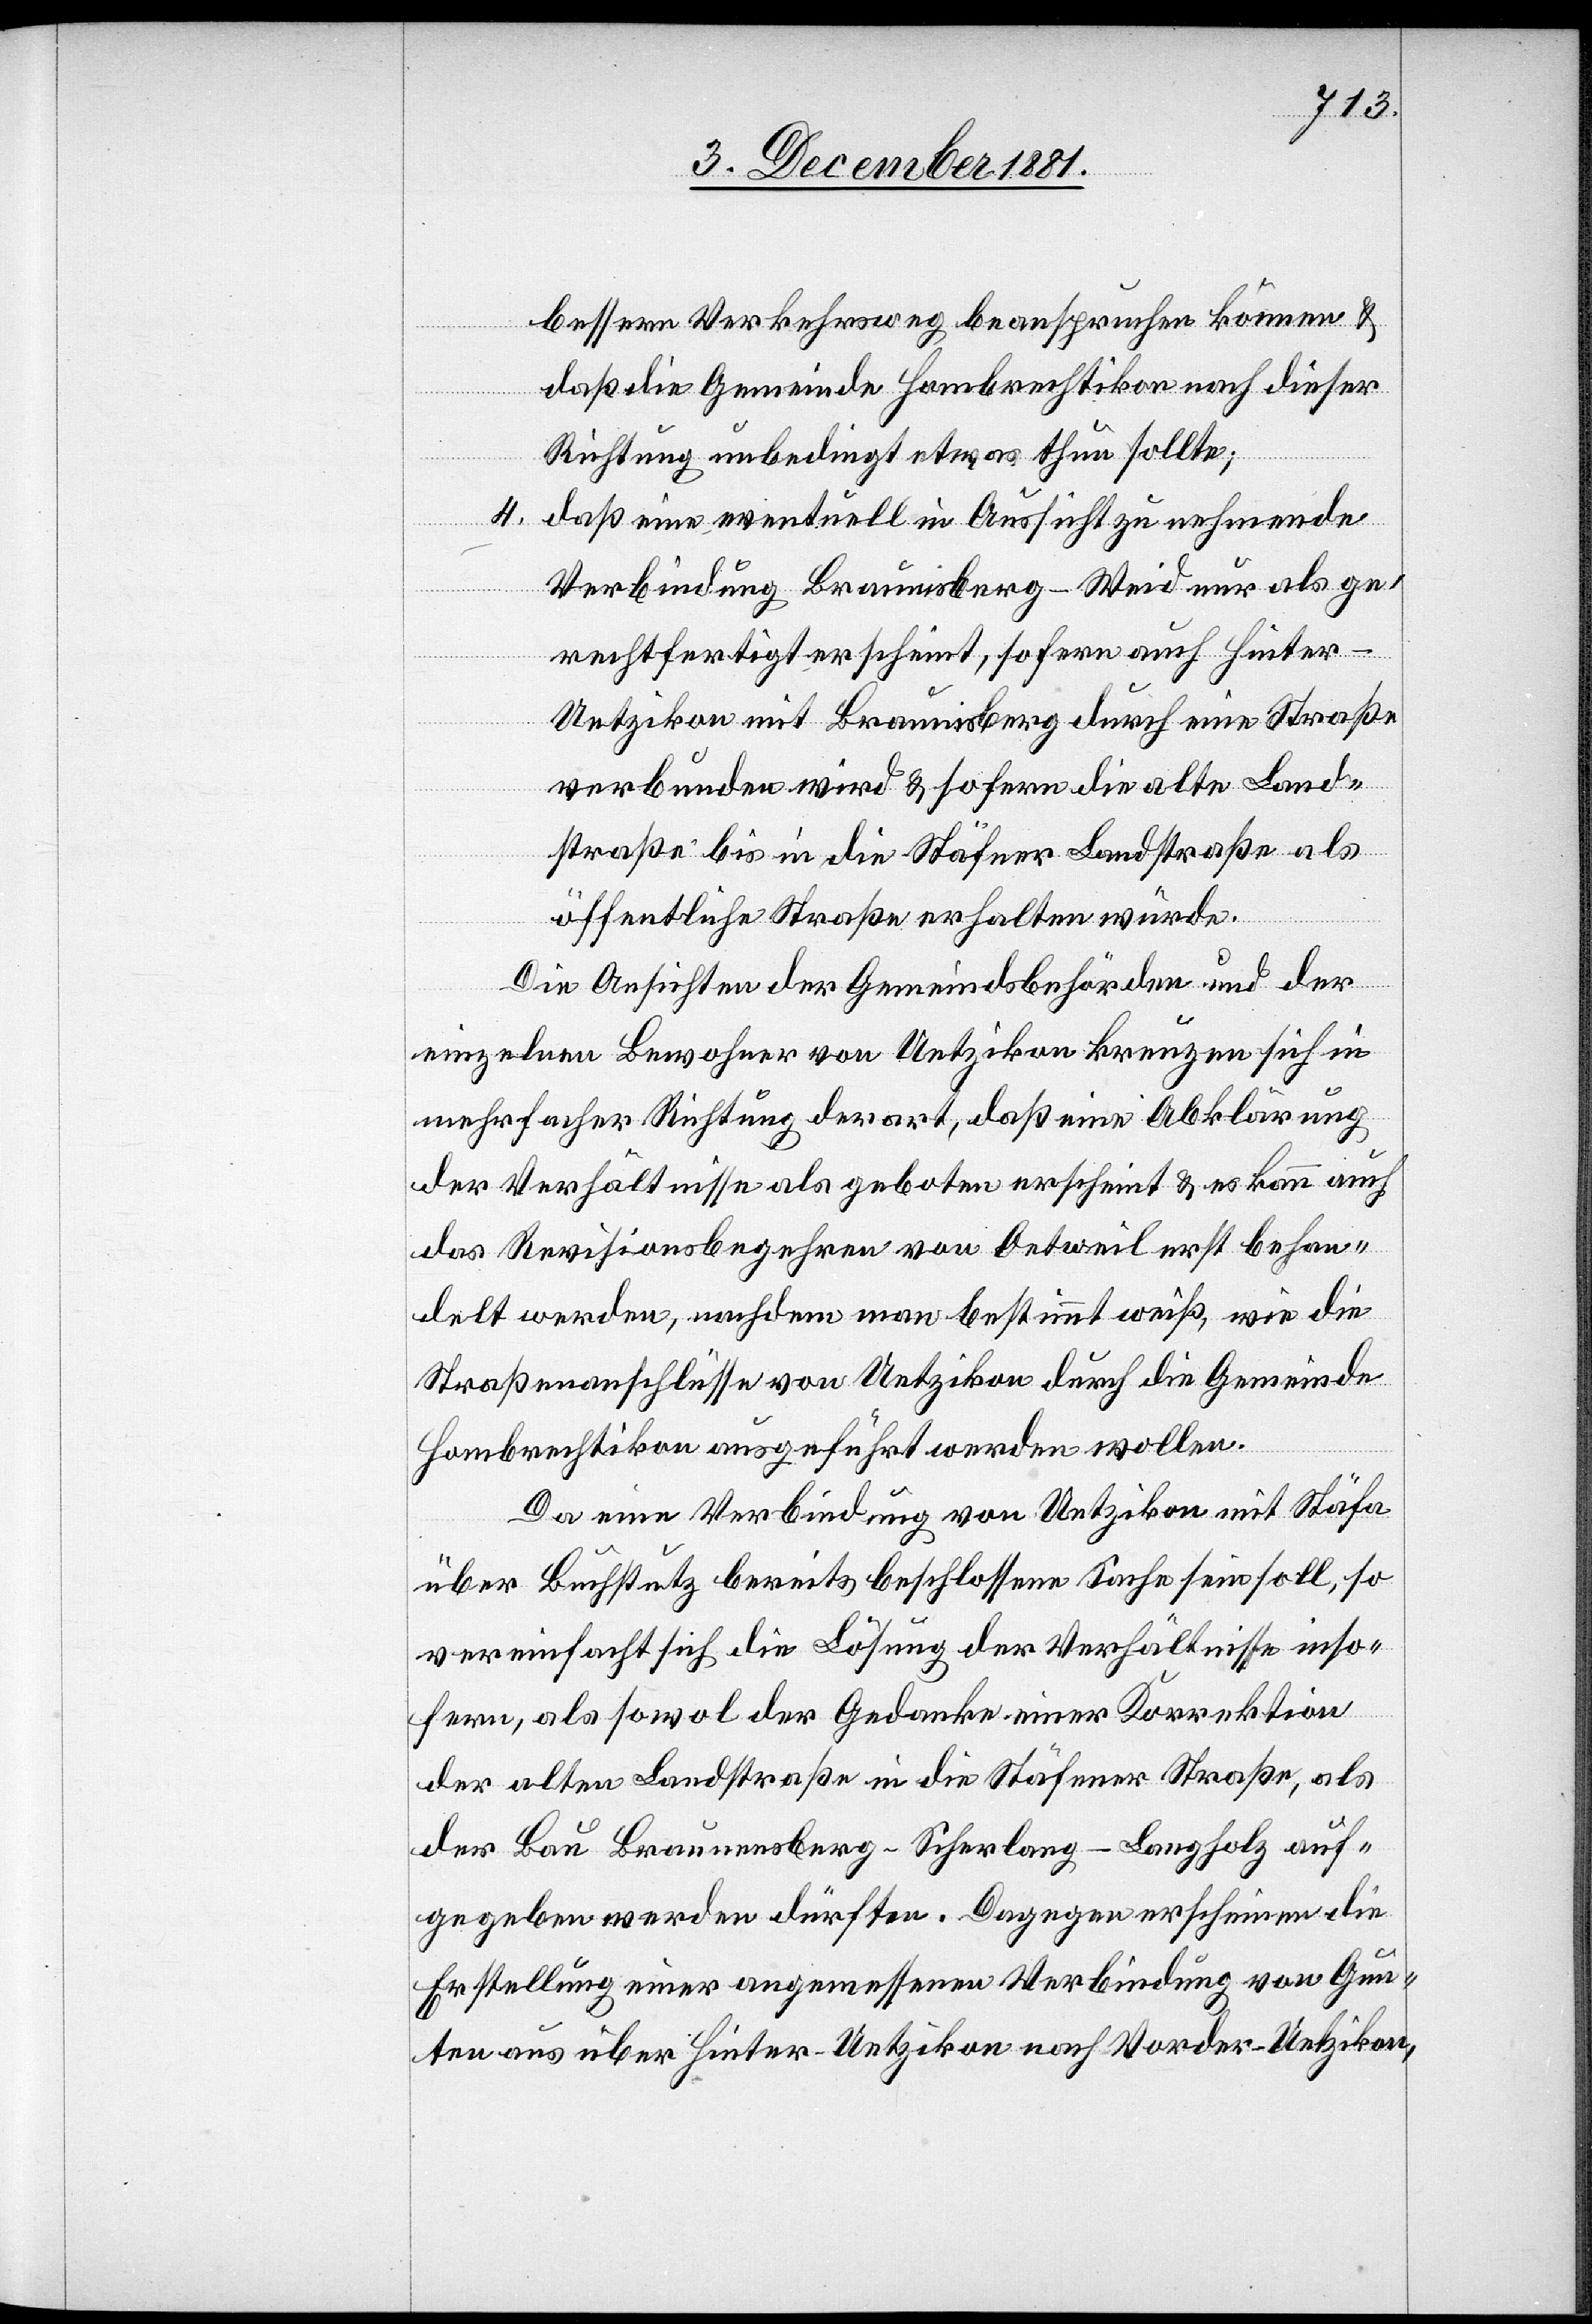
bessern Verkehrsweg beanspruchen können &
daß die Gemeinde Hombrechtikon nach dieser
Richtung unbedingt etwas thun sollte;
4.
daß eine eventuell in Aussicht zu nehmende
Verbindung Braunisberg–Weid nur als ge¬
rechtfertigt erscheint, sofern auch Hinter-U¬
etzikon mit Braunisberg durch eine Straße
verbunden wird & sofern die alte Land¬
straße bis in die Stäfner Landstraße als
öffentliche Straße erhalten würde.
Die Ansichten der Gemeindsbehörden und der
einzelnen Bewohner von Uetzikon kreuzen sich in
mehrfacher Richtung derart, daß eine Abklärung
der Verhältnisse als geboten erscheint & es kann auch
das Revisionsbegehren von Oetweil erst gehan¬
delt werden, nachdem man bestimmt weiß, wie die
Straßenanschlüsse von Uetzikon durch die Gemeinde
Hombrechtikon ausgeführt werden wollen.
Da eine Verbindung von Uetzikon mit Stäfa
über Buchstutz bereits beschlossene Sache sein soll, so
vereinfacht sich die Lösung der Verhältnisse inso¬
fern, als sowol der Gedanke einer Korrektion
der alten Landstraße in die Stäfner Straße, als
der Bau Braunensberg–Scherlang–Langholz auf¬
gegeben werden dürfte. Dagegen erscheine die
Erstellung einer angemessenen Verbindung von Gun¬
ten aus über Hinter-Uetzikon nach Vorder-Uetzikon,